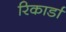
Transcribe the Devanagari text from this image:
रिकार्डा